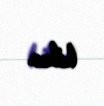
bilər.